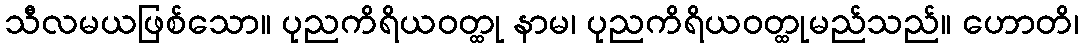
သီလမယဖြစ်သော။ ပုညကိရိယဝတ္ထု နာမ၊ ပုညကိရိယဝတ္ထုမည်သည်။ ဟောတိ၊